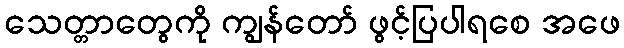
သေတ္တာတွေကို ကျွန်တော် ဖွင့်ပြပါရစေ အဖေ